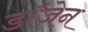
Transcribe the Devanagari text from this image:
डॉजेन